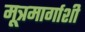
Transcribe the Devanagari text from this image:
मूत्रमार्गाशी